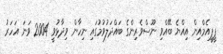
ޕީޕީއެމްއިން އިއްޔެ ބޭއްވި ނޫސްވެރިންގެ ބައްދަލުވުމުގައި ނިހާން ވިދާޅުވީ 2004 ވަނަ އަހަރު